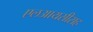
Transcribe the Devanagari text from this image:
एलआयसीसह